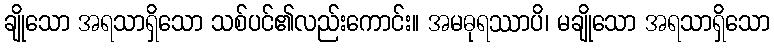
ချိုသော အရသာရှိသော သစ်ပင်၏လည်းကောင်း။ အမဓုရဿာပိ၊ မချိုသော အရသာရှိသော